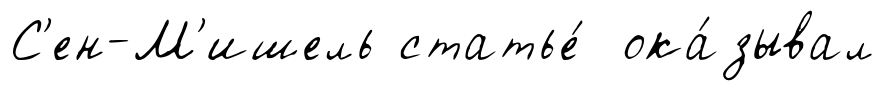
С'ен-М'ишель статье́ ока́зывал